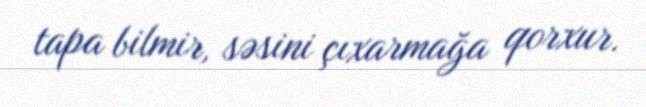
tapa bilmir, səsini çıxarmağa qorxur.